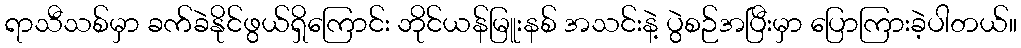
ရာသီသစ်မှာ ခက်ခဲနိုင်ဖွယ်ရှိကြောင်း ဘိုင်ယန်မြူးနစ် အသင်းနဲ့ ပွဲစဉ်အပြီးမှာ ပြောကြားခဲ့ပါတယ်။